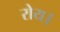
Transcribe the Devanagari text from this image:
रोय।